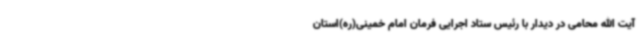
آیت الله محامی در دیدار با رئیس ستاد اجرایی فرمان امام خمینی(ره)استان